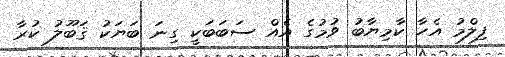
ފިލްމު އެހާ ކާމިޔާބު ވުމުގެ އެއް ސަބަބަކީ ގިނަ ބަޔަކު ޤަބޫލު ކުރާ